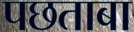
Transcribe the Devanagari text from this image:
पछताबा